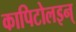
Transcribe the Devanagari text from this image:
कापिटोलइन्